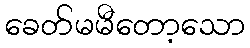
ခေတ်မမီတော့သော